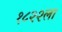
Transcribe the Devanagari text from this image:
१८२२ला